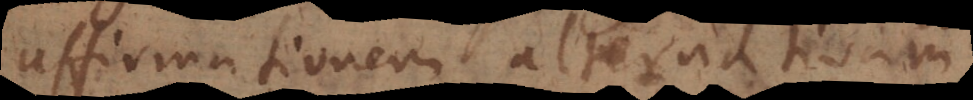
affirmationem alternativam,